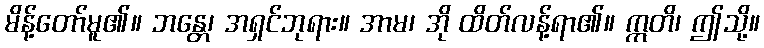
မိန့်တော်မူ၏။ ဘန္တေ၊ အရှင်ဘုရား။ အာမ၊ အို ထိတ်လန့်ရာ၏။ ဣတိ၊ ဤသို့။